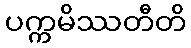
ပက္ကမိဿတီတိ